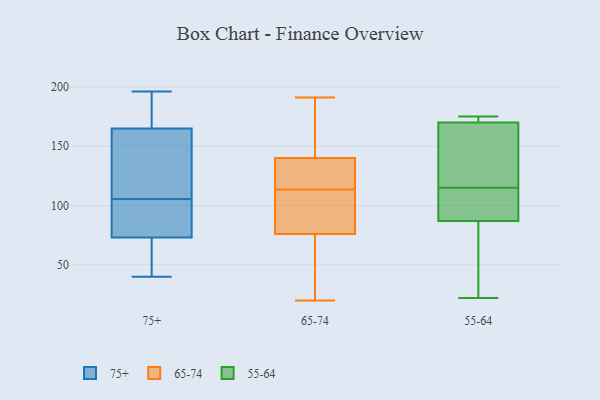
{"axis": {"x": "Churn Rate (%)", "y": "Value"}, "legend": ["55-64", "65-74", "75+"], "data": [{"x": "", "y": 165, "type": "75+"}, {"x": "", "y": 68, "type": "75+"}, {"x": "", "y": 79, "type": "75+"}, {"x": "", "y": 185, "type": "75+"}, {"x": "", "y": 149, "type": "75+"}, {"x": "", "y": 56, "type": "75+"}, {"x": "", "y": 123, "type": "75+"}, {"x": "", "y": 73, "type": "75+"}, {"x": "", "y": 93, "type": "75+"}, {"x": "", "y": 115, "type": "75+"}, {"x": "", "y": 129, "type": "75+"}, {"x": "", "y": 196, "type": "75+"}, {"x": "", "y": 96, "type": "75+"}, {"x": "", "y": 75, "type": "75+"}, {"x": "", "y": 40, "type": "75+"}, {"x": "", "y": 194, "type": "75+"}, {"x": "", "y": 166, "type": "75+"}, {"x": "", "y": 72, "type": "75+"}, {"x": "", "y": 114, "type": "65-74"}, {"x": "", "y": 140, "type": "65-74"}, {"x": "", "y": 191, "type": "65-74"}, {"x": "", "y": 111, "type": "65-74"}, {"x": "", "y": 172, "type": "65-74"}, {"x": "", "y": 95, "type": "65-74"}, {"x": "", "y": 122, "type": "65-74"}, {"x": "", "y": 113, "type": "65-74"}, {"x": "", "y": 41, "type": "65-74"}, {"x": "", "y": 140, "type": "65-74"}, {"x": "", "y": 20, "type": "65-74"}, {"x": "", "y": 60, "type": "65-74"}, {"x": "", "y": 138, "type": "65-74"}, {"x": "", "y": 76, "type": "65-74"}, {"x": "", "y": 106, "type": "55-64"}, {"x": "", "y": 170, "type": "55-64"}, {"x": "", "y": 108, "type": "55-64"}, {"x": "", "y": 122, "type": "55-64"}, {"x": "", "y": 175, "type": "55-64"}, {"x": "", "y": 161, "type": "55-64"}, {"x": "", "y": 172, "type": "55-64"}, {"x": "", "y": 105, "type": "55-64"}, {"x": "", "y": 173, "type": "55-64"}, {"x": "", "y": 83, "type": "55-64"}, {"x": "", "y": 87, "type": "55-64"}, {"x": "", "y": 22, "type": "55-64"}, {"x": "", "y": 162, "type": "55-64"}, {"x": "", "y": 69, "type": "55-64"}]}